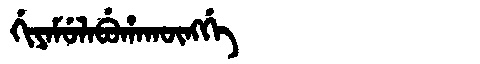
Manchu: ᡤᡳᠶᠠᠮᡠᠯᠠᠪᡠᡥᠠᡴᡡᠩᡤᡝ
Romanization: GIYAMULABUHAKŪNGGE